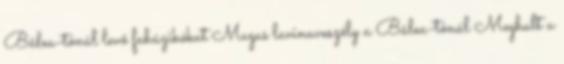
Bâlea-tónál levő faházikókat Magas lavinaveszély a Bâlea-tónál Meghalt a